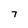
Character: 7